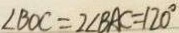
\angle B O C = 2 \angle B A C = 1 2 0 ^ { \circ }